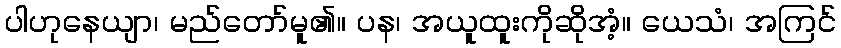
ပါဟုနေယျာ၊ မည်တော်မူ၏။ ပန၊ အယူထူးကိုဆိုအံ့။ ယေသံ၊ အကြင်